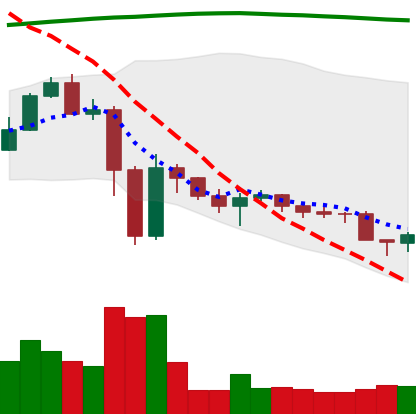
Ticker: ETC-USD
Chart end date: 2022-11-22
Forward return: 7.54%
Label: up_7plus